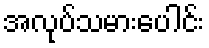
အလုပ်သမားပေါင်း